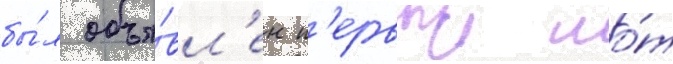
бы́л объя́вл'ен п'ервыи ло́т